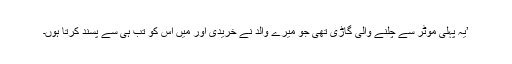
’یہ پہلی موٹر سے چلنے والی گاڑی تھی جو میرے والد نے خریدی اور میں اس کو تب ہی سے پسند کرتا ہوں۔